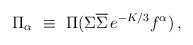
LaTeX: \begin{align*}\Pi_{\alpha}~\equiv~\Pi(\Sigma\overline{\Sigma}\,e^{-K/3}f^{\alpha})\, ,\end{align*}